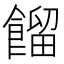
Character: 餾